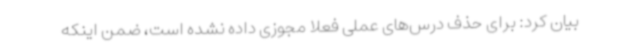
بیان کرد: برای حذف درس‌های عملی فعلا مجوزی داده نشده است، ضمن اینکه